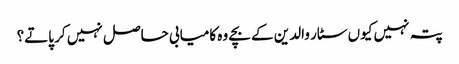
پتہ نہیں کیوں سٹار والدین کے بچے وہ کامیابی حاصل نہیں کر پاتے؟